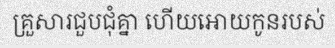
គ្រួសារជួបជុំគ្នា ហើយអោយកូនរបស់